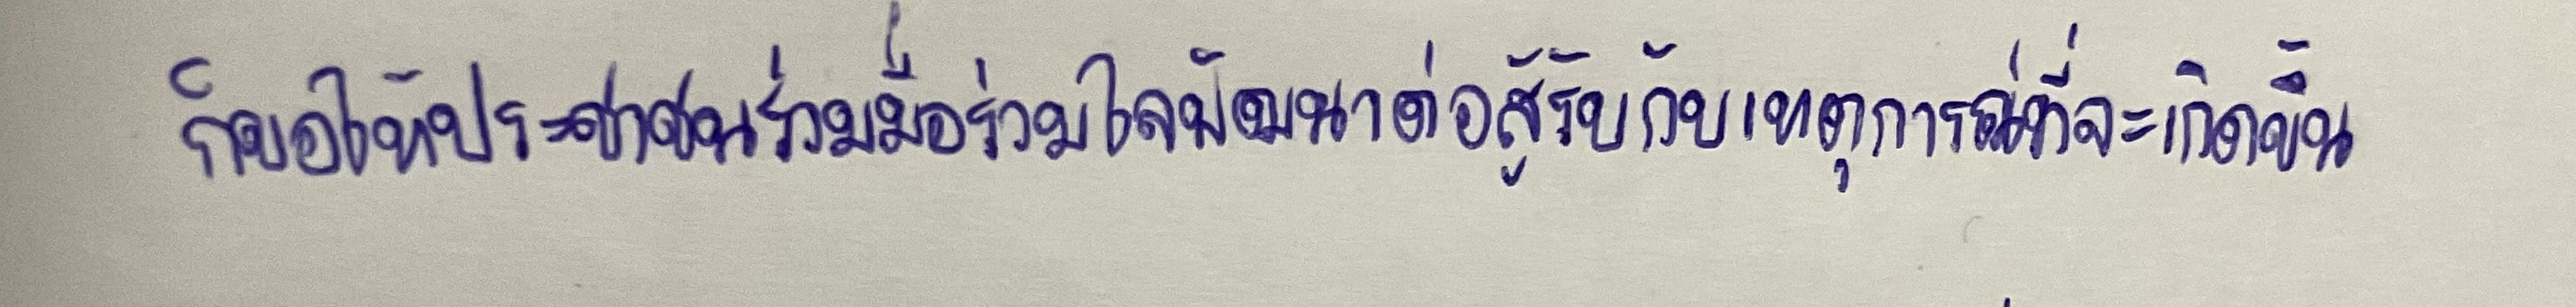
ก็ขอให้ประชาชนร่วมมือร่วมใจพัฒนาต่อสู้รับกับเหตุการณ์ที่จะเกิดขึ้น